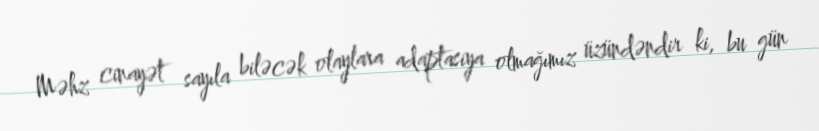
Məhz cinayət sayıla biləcək olaylara adaptasiya olmağımız üzündəndir ki, bu gün